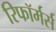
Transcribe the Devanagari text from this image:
रिफॉर्मर्स